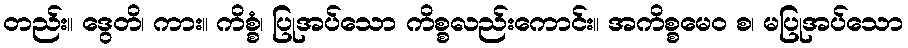
တည်း။ ဒွေတိ၊ ကား။ ကိစ္စံ၊ ပြုအပ်သော ကိစ္စလည်းကောင်း။ အကိစ္စမေဝ စ၊ မပြုအပ်သော